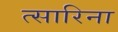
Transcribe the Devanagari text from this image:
त्सारिना